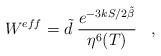
LaTeX: \begin{align*}W^{eff} = \tilde d\; \frac{e^{{-3kS}/{2\tilde{\beta}}} }{\eta^6(T)}\;\;\;,\end{align*}